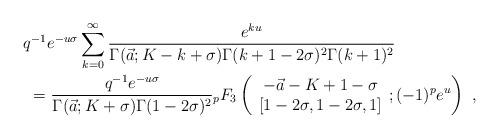
LaTeX: \begin{align*}&q^{-1}e^{-u\sigma}\sum_{k=0}^{\infty}\frac{e^{ku}}{\Gamma(\vec a;K-k+\sigma)\Gamma(k+1-2\sigma)^2\Gamma(k+1)^2}\\&\ = \frac{q^{-1}e^{-u\sigma}}{\Gamma(\vec a;K+\sigma)\Gamma(1-2\sigma)^2}{}_p F_3\left(\begin{array}{c} -\vec a-K+1-\sigma\\ {[1-2\sigma,1-2\sigma, 1]}\end{array}; (-1)^{p}e^{u} \right)\ ,\end{align*}